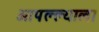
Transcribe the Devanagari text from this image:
आपल्ल्याला